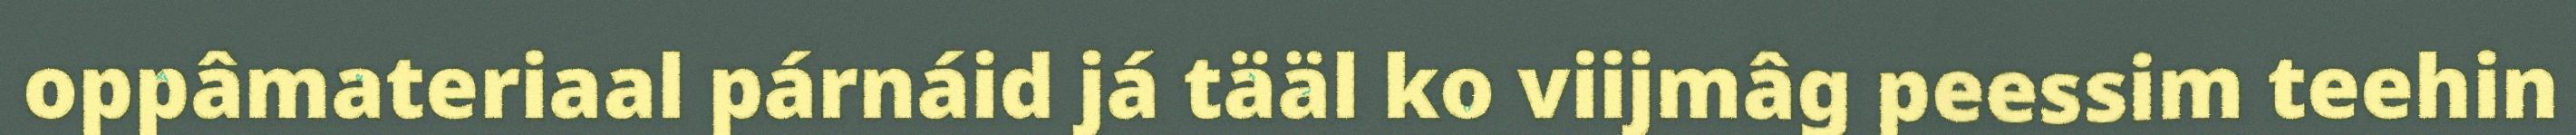
oppâmateriaal párnáid já tääl ko viijmâg peessim teehin